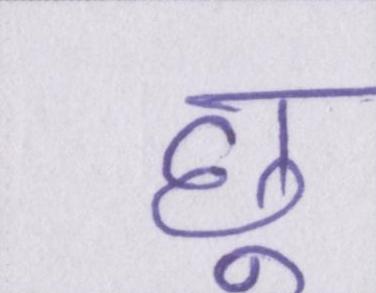
छू